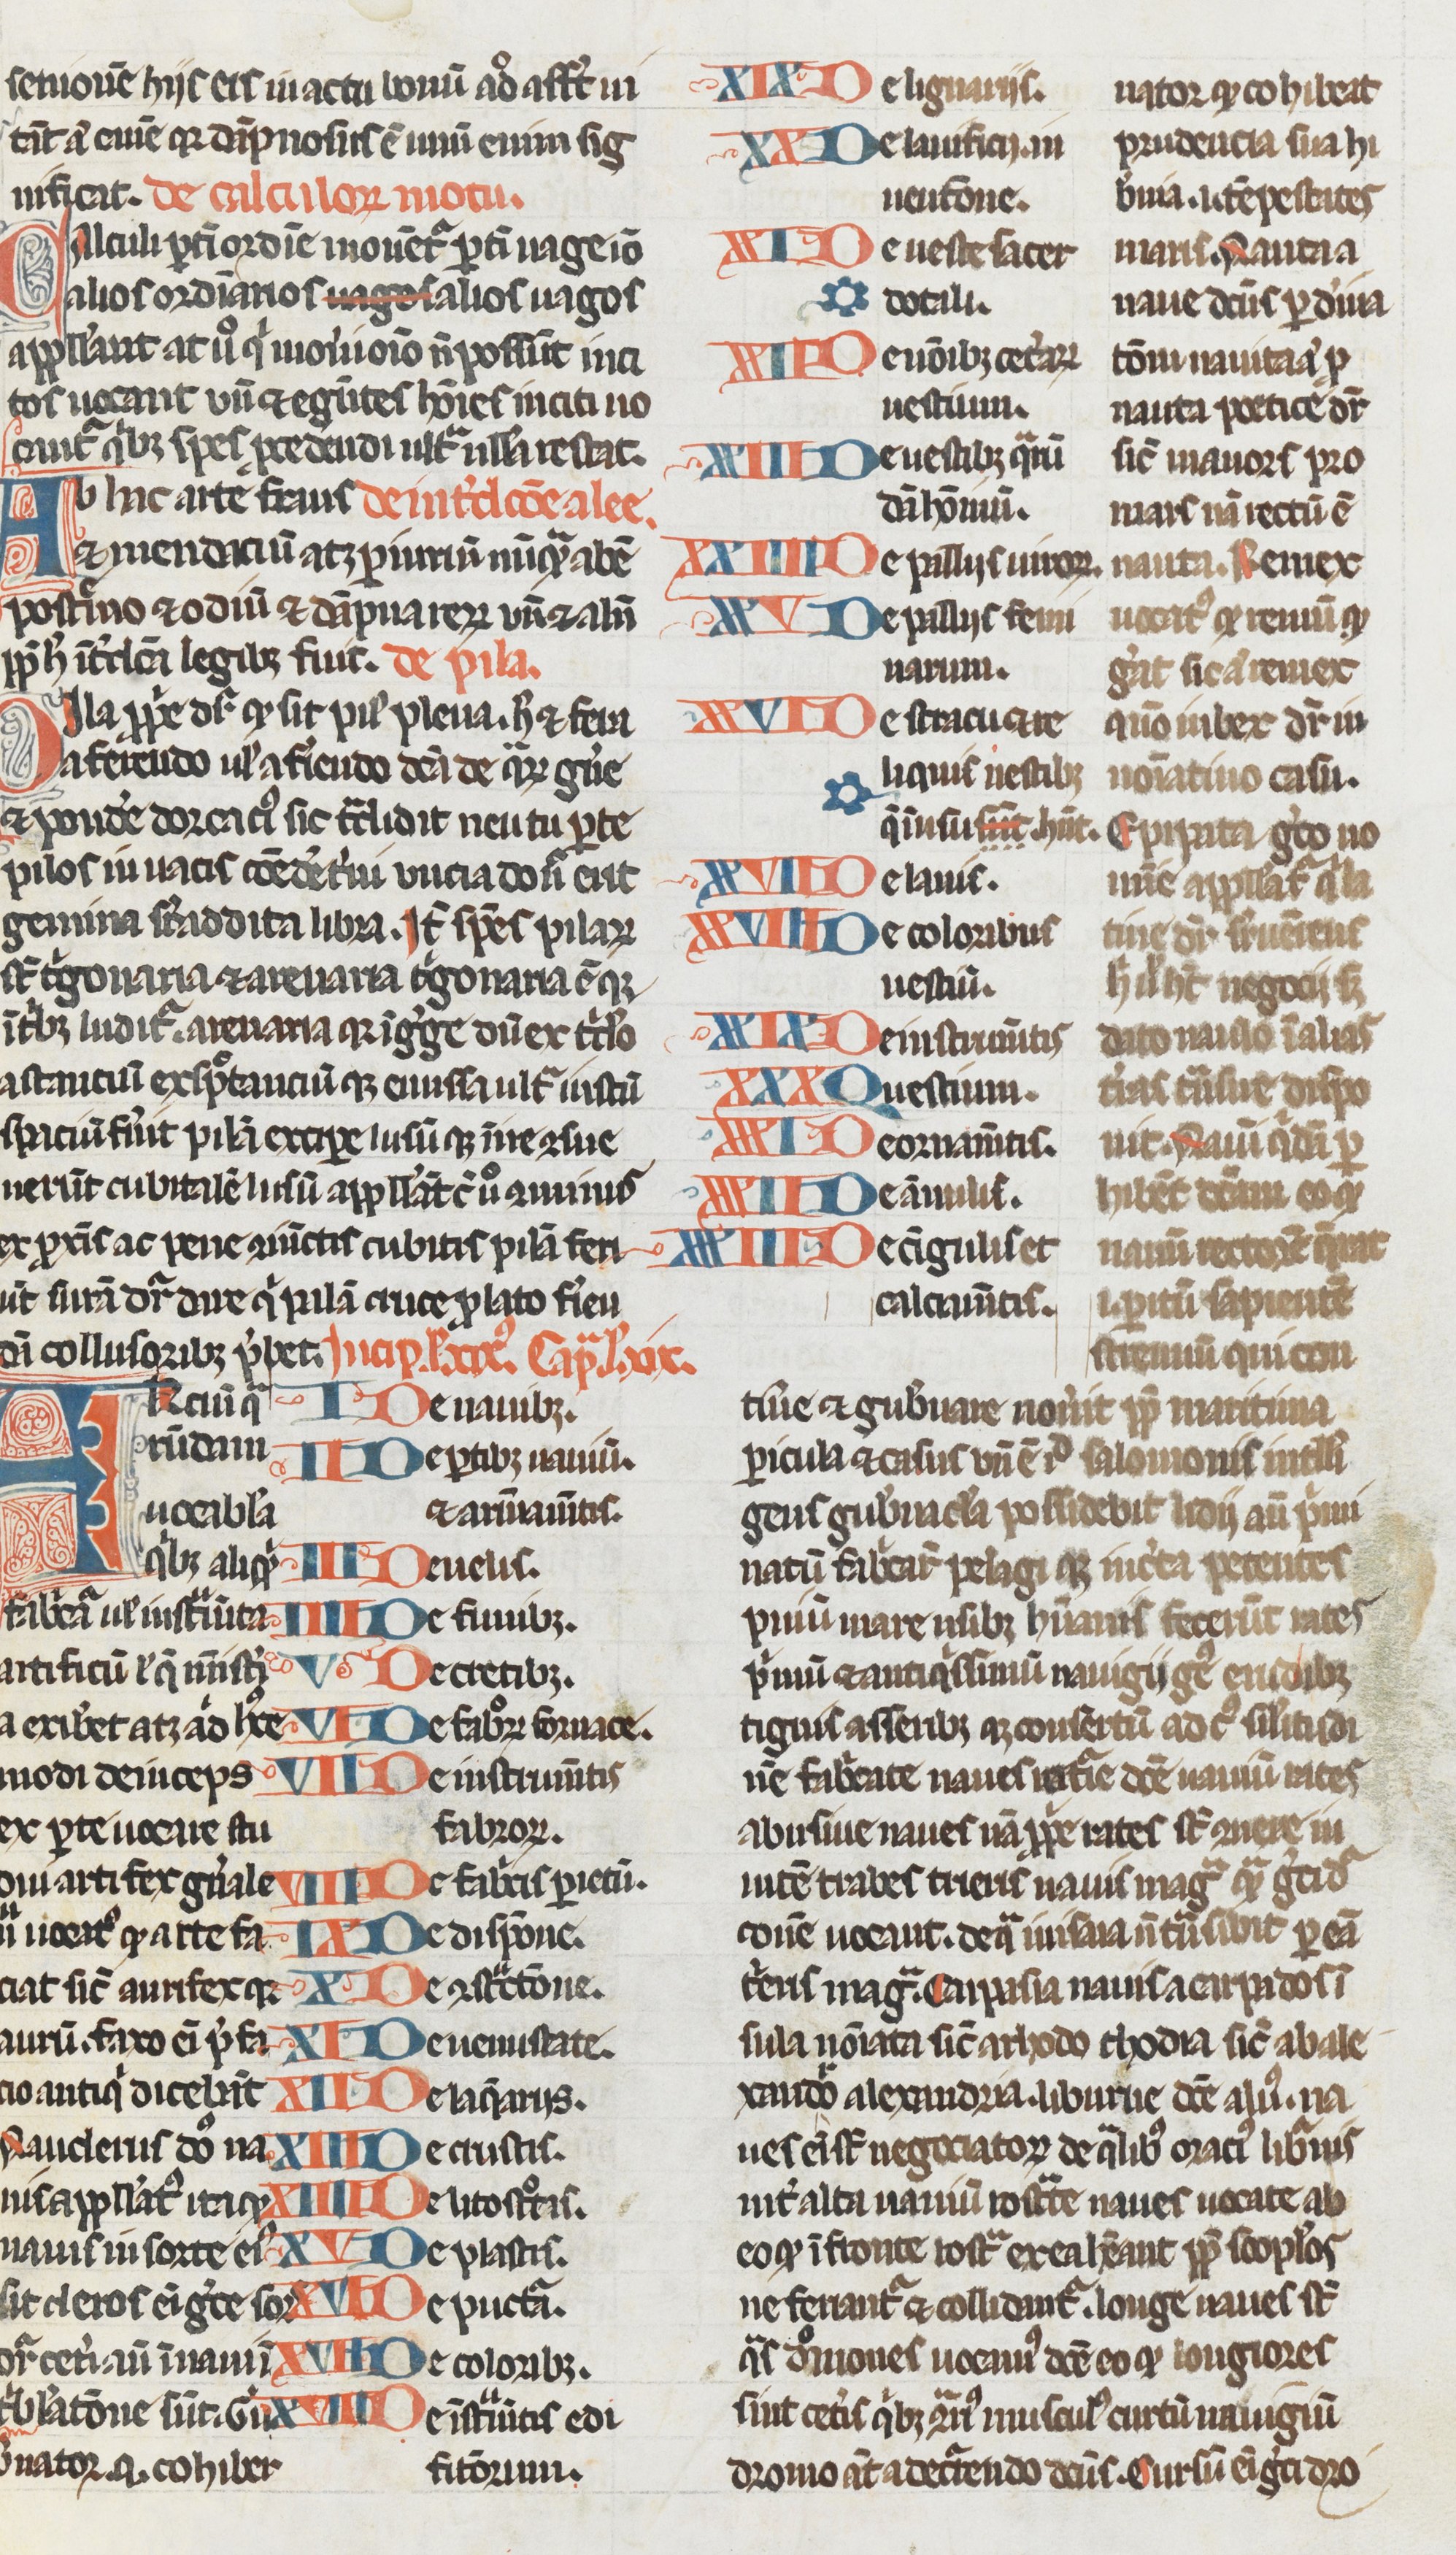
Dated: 1250–1299